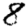
Digit: 8